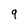
Character: 9